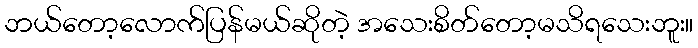
ဘယ်တော့လောက်ပြန်မယ်ဆိုတဲ့ အသေးစိတ်တော့မသိရသေးဘူး။